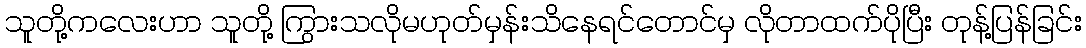
သူတို့ကလေးဟာ သူတို့ ကြွားသလိုမဟုတ်မှန်းသိနေရင်တောင်မှ လိုတာထက်ပိုပြီး တုန့်ပြန်ခြင်း